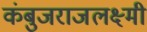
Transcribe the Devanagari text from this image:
कंबुजराजलक्ष्मी